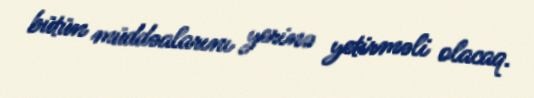
bütün müddəalarını yerinə yetirməli olacaq.